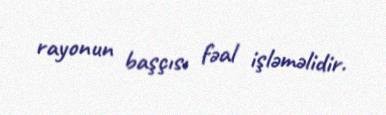
rayonun başçısı fəal işləməlidir.